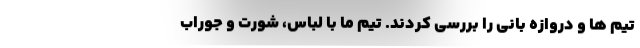
تیم ها و دروازه بانی را بررسی کردند. تیم ما با لباس، شورت و جوراب